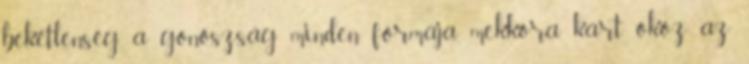
békétlenség, a gonoszság minden formája mekkora kárt okoz az